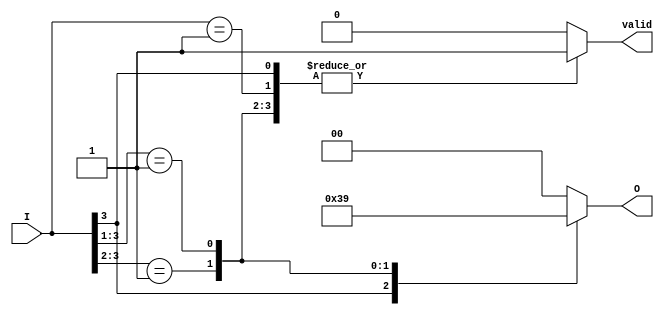
module priority_encoder (
    input wire [3:0] I,    // 4 input lines I3, I2, I1, I0
    output reg [1:0] O,    // 2-bit output encoding
    output reg valid        // Valid output indicator
);

// Priority Encoder Logic
always @(*) begin
    // Default output
    O = 2'b00;            
    valid = 1'b0;        // Default valid to low
    
    casez (I)            // Check inputs with priority
        4'b1??? : begin
            O = 2'd3;     // I3 is active
            valid = 1'b1; // Valid output
        end
        4'b01?? : begin
            O = 2'd2;     // I2 is active
            valid = 1'b1; // Valid output
        end
        4'b001? : begin
            O = 2'd1;     // I1 is active
            valid = 1'b1; // Valid output
        end
        4'b0001 : begin
            O = 2'd0;     // I0 is active
            valid = 1'b1; // Valid output
        end
        default: begin
            O = 2'b00;    // No active input, output can be zero or any invalid code
            valid = 1'b0; // Invalid output
        end
    endcase
end

endmodule